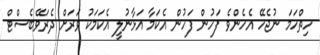
ހިތްހަމަ ނުޖެހޭ އެހެންވެ ފަހުން ފަހުން އެކަމާ އަޅާނުލީ އެކަމަކު ވަރަށް ދެރަވޭބެސްޓް